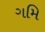
ગમિ